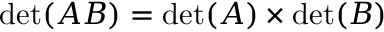
\operatorname* { d e t } ( A B ) = \operatorname* { d e t } ( A ) \times \operatorname* { d e t } ( B )